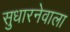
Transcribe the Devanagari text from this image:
सुधारनेवाला